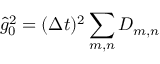
\hat { g } _ { 0 } ^ { 2 } = ( \Delta t ) ^ { 2 } \sum _ { m , n } D _ { m , n }